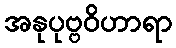
အနုပုဗ္ဗဝိဟာရာ